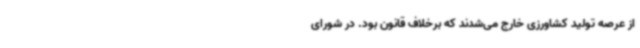
از عرصه تولید کشاورزی خارج می‌شدند که برخلاف قانون بود. در شورای